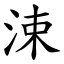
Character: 涑